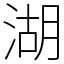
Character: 湖